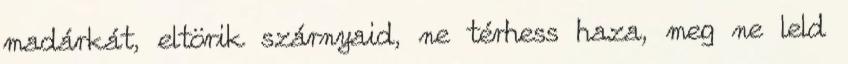
madárkát, eltörik szárnyaid, ne térhess haza, meg ne leld